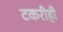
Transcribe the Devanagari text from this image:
टकरीही